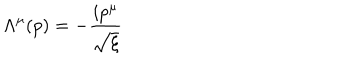
\Lambda ^ { \mu } ( p ) = - { \frac { i p ^ { \mu } } { \sqrt { \xi } } }